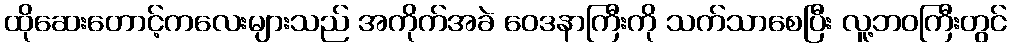
ထိုဆေးတောင့်ကလေးများသည် အကိုက်အခဲ ဝေဒနာကြီးကို သက်သာစေပြီး လူ့ဘဝကြီးတွင်